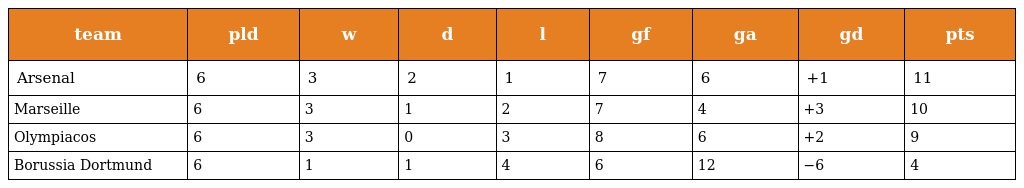
| team | pld | w | d | l | gf | ga | gd | pts |
 | --- | --- | --- | --- | --- | --- | --- | --- | --- |
 | Arsenal | 6 | 3 | 2 | 1 | 7 | 6 | +1 | 11 |
 | Marseille | 6 | 3 | 1 | 2 | 7 | 4 | +3 | 10 |
 | Olympiacos | 6 | 3 | 0 | 3 | 8 | 6 | +2 | 9 |
 | Borussia Dortmund | 6 | 1 | 1 | 4 | 6 | 12 | −6 | 4 |